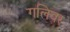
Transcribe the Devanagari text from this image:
गलिवर